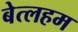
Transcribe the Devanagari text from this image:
बेत्लहम